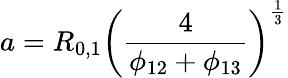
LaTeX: a=R_{0,1}\left(\frac{4}{\phi_{12}+\phi_{13}}\right)^{\frac{1}{3}}